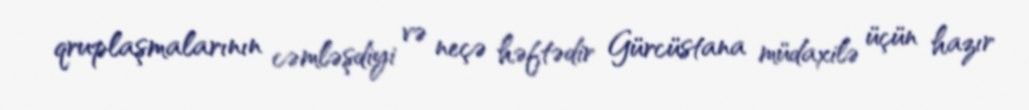
qruplaşmalarının cəmləşdiyi və neçə həftədir Gürcüstana müdaxilə üçün hazır